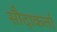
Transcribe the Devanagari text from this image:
सौदाकर्ता